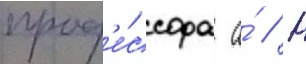
проф'е́ссора а́ // Н